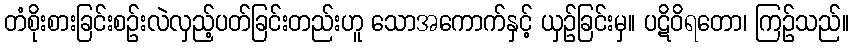
တံစိုးစားခြင်းစဉ်းလဲလှည့်ပတ်ခြင်းတည်းဟူ သောအကောက်နှင့် ယှဉ်ခြင်းမှ။ ပဋိဝိရတော၊ ကြဉ်သည်။